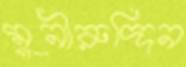
মুনীরুদ্দিন